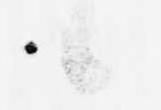
候